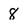
Character: 8